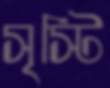
সৃস্টি